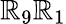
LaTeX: \mathbb{R}_{9}\mathbb{R}_{1}